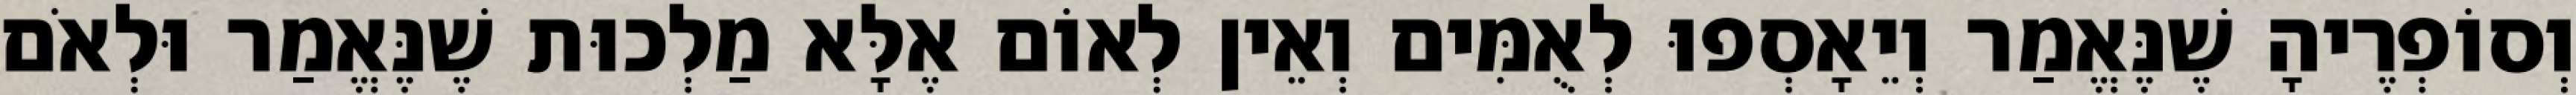
וְסוֹפְרֶיהָ שֶׁנֶּאֱמַר וְיֵאָסְפוּ לְאֻמִּים וְאֵין לְאוֹם אֶלָּא מַלְכוּת שֶׁנֶּאֱמַר וּלְאֹם